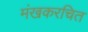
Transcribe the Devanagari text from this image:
मंखकरचित